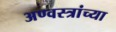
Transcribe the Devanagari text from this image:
अण्वस्त्रांच्या